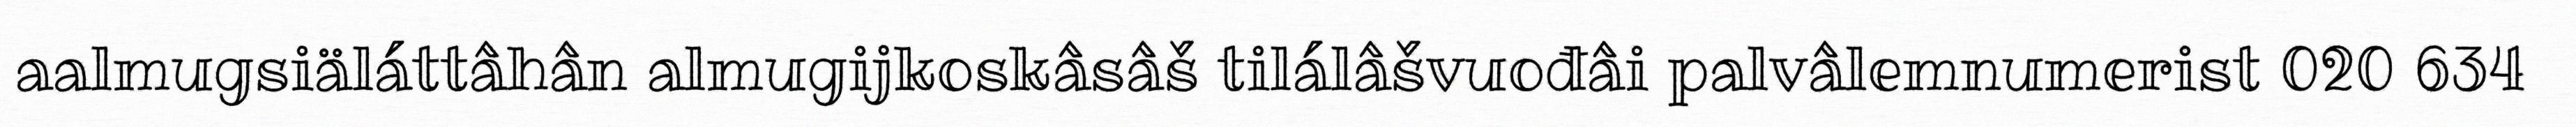
aalmugsiäláttâhân almugijkoskâsâš tilálâšvuođâi palvâlemnumerist 020 634